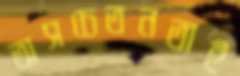
অসচেতনতাই